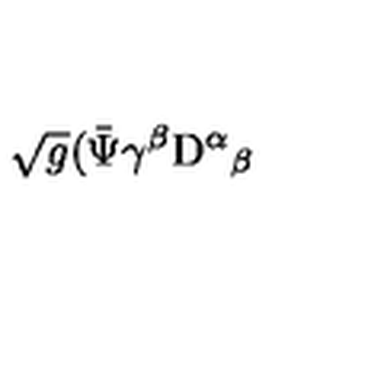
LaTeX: \sqrt { g } ( { \bar { \Psi } \gamma ^ { \beta } } \mathrm { D } ^ { \alpha } { } _ { \beta }